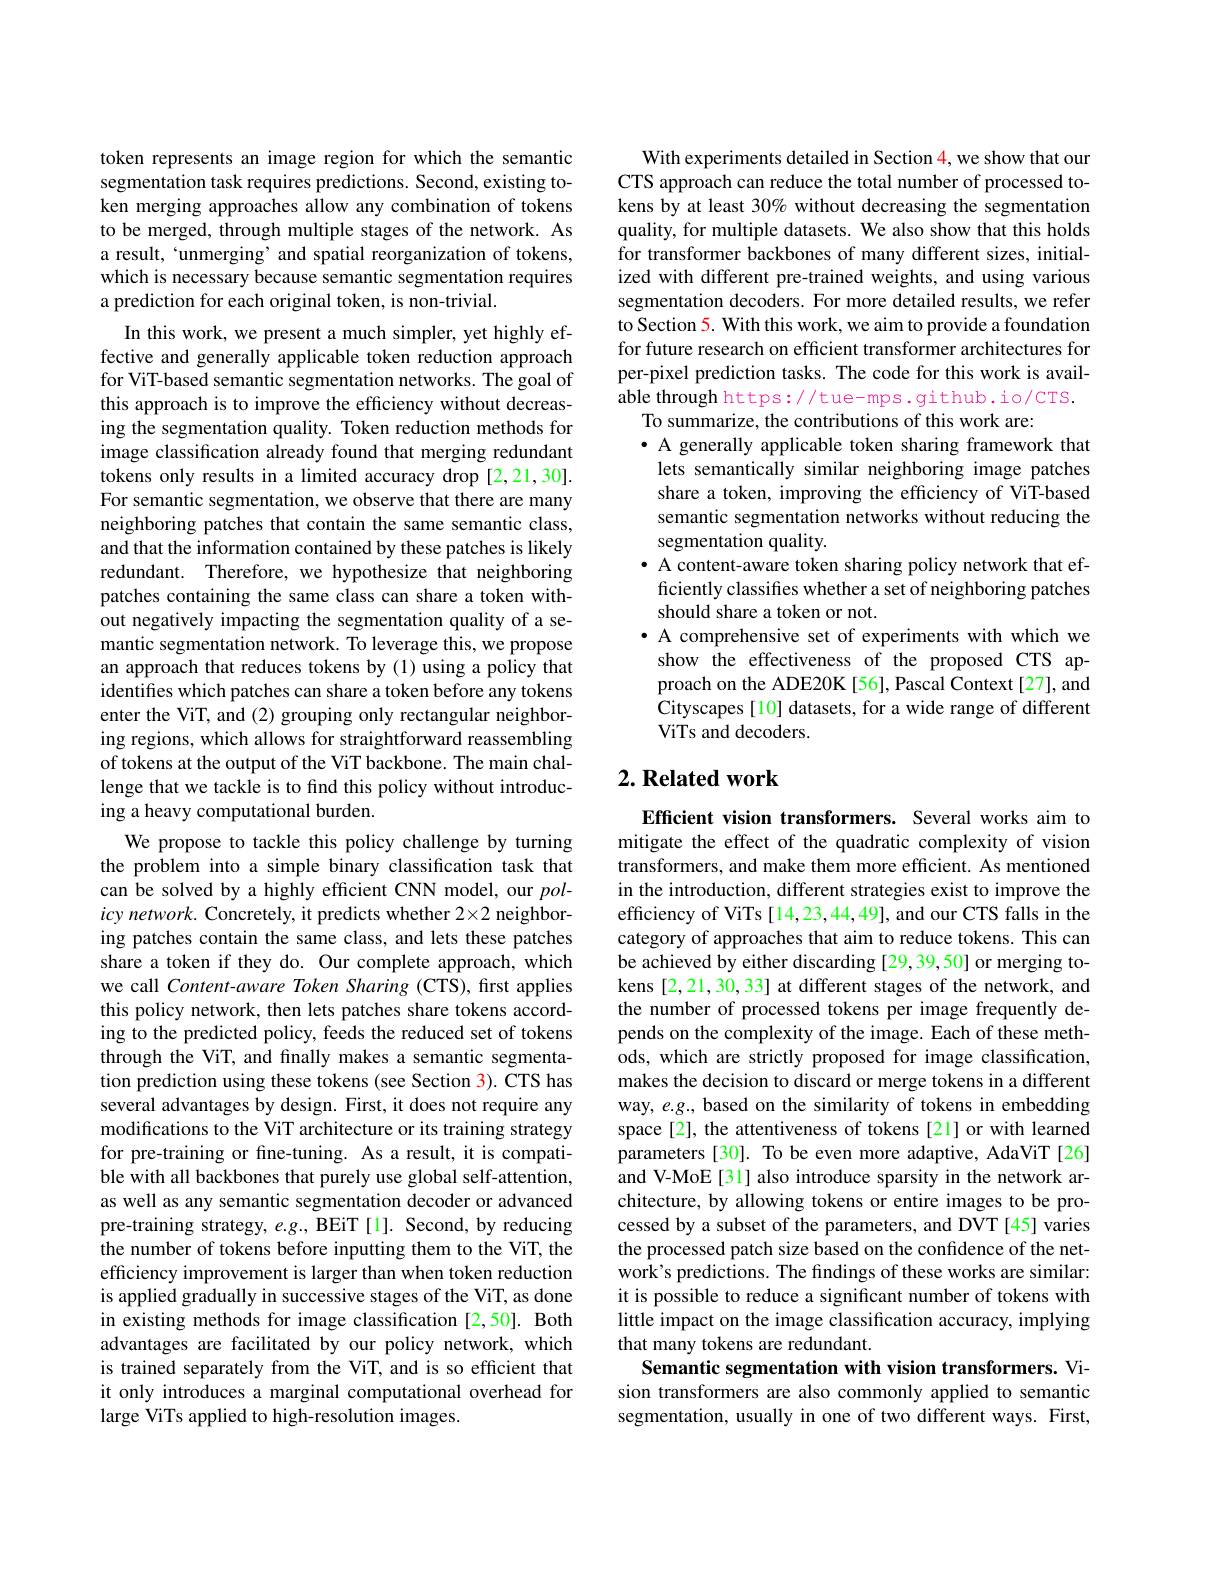
token represents an image region for which the semantic segmentation task requires predictions. Second, existing token merging approaches allow any combination of tokens to be merged, through multiple stages of the network. As a result, `unmerging’and spatial reorganization of tokens, which is necessary because semantic segmentation requires a prediction for each original token, is non-trivial.

In this work, we present a much simpler, yet highly effective and generally applicable token reduction approach for ViT-based semantic segmentation networks. The goal of this approach is to improve the efficiency without decreasing the segmentation quality. Token reduction methods for image classification already found that merging redundant tokens only results in a limited accuracy drop [2,21,30]. For semantic segmentation, we observe that there are many neighboring patches that contain the same semantic class, and that the information contained by these patches is likely redundant. Therefore, we hypothesize that neighboring patches containing the same class can share a token without negatively impacting the segmentation quality of a semantic segmentation network. To leverage this, we propose an approach that reduces tokens by (1) using a policy that identifies which patches can share a token before any tokens enter the ViT, and (2) grouping only rectangular neighboring regions, which allows for straightforward reassembling of tokens at the output of the ViT backbone. The main challenge that we tackle is to find this policy without introducing a heavy computational burden.
We propose to tackle this policy challenge by turning the problem into a simple binary classification task that can be solved by a highly efficient CNN model, our pol- $icy\textit{network. Concretely, it predicts whether 22 neighbor- }$ ing patches contain the same class, and lets these patches share a token if they do. Our complete approach, which we call Content-aware Token Sharing (CTS), first applies this policy network, then lets patches share tokens according to the predicted policy, feeds the reduced set of tokens through the ViT, and finally makes a semantic segmentation prediction using these tokens (see Section 3). CTS has several advantages by design. First, it does not require any modifications to the ViT architecture or its training strategy for pre-training or fine-tuning. As a result, it is compatible with all backbones that purely use global self-attention, as well as any semantic segmentation decoder or advanced pre-training strategy, e.g., BEiT [1]. Second, by reducing the number of tokens before inputting them to the ViT, the efficiency improvement is larger than when token reduction is applied gradually in successive stages of the ViT, as done in existing methods for image classification [2,50]. Both advantages are facilitated by our policy network, which is trained separately from the ViT, and is so efficient that it only introduces a marginal computational overhead for large ViTs applied to high-resolution images.

With experiments detailed in Section 4, we show that our CTS approach can reduce the total number of processed tokens by at least 30% without decreasing the segmentation quality, for multiple datasets. We also show that this holds for transformer backbones of many different sizes, initialized with different pre-trained weights, and using various segmentation decoders. For more detailed results, we refer to Section 5. With this work, we aim to provide a foundation for future research on efficient transformer architectures for per-pixel prediction tasks. The code for this work is available through https://tue-mps.github.io/CTS.
To summarize, the contributions of this work are:
· A generally applicable token sharing framework that lets semantically similar neighboring image patches share a token, improving the efficiency of ViT-based semantic segmentation networks without reducing the segmentation quality.
· A content-aware token sharing policy network that efficiently classifies whether a set of neighboring patches should share a token or not.
·A comprehensive set of experiments with which we show the effectiveness of the proposed CTS approach on the ADE20K [56], Pascal Context [27], and Cityscapes [ 10] datasets, for a wide range of different ViTs and decoders.

## $2. \textbf{Related work}$

Efficient vision transformers. Several works aim to mitigate the effect of the quadratic complexity of vision transformers, and make them more efficient. As mentioned in the introduction, different strategies exist to improve the efficiency of ViTs[14,23,44,49], and our CTS falls in the category of approaches that aim to reduce tokens. This can be achieved by either discarding [29,39,50] or merging tokens [2,21,30,33] at different stages of the network, and the number of processed tokens per image frequently depends on the complexity of the image. Each of these methods, which are strictly proposed for image classification, makes the decision to discard or merge tokens in a different way, $e.g.$, based on the similarity of tokens in embedding space[2], the attentiveness of tokens [21] or with learned parameters [30]. To be even more adaptive, AdaViT [26] and V-MoE[31] also introduce sparsity in the network architecture, by allowing tokens or entire images to be processed by a subset of the parameters, and DVT [45] varies the processed patch size based on the confidence of the network's predictions. The findings of these works are similar: it is possible to reduce a significant number of tokens with little impact on the image classification accuracy, implying that many tokens are redundant.
Semantic segmentation with vision transformers. Vision transformers are also commonly applied to semantic

segmentation, usually in one of two different ways. First,